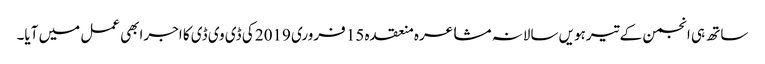
ساتھ ہی انجمن کے تیرہویں سالانہ مشاعرہ منعقدہ 15 فروری 2019 کی ڈی وی ڈی کا اجرابھی عمل میں آیا۔